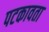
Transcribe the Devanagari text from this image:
पटकावता